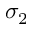
\sigma _ { 2 }